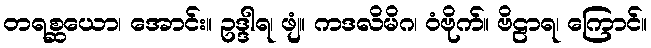
တရစ္ဆယော၊ အောင်း။ ဥဒ္ဒါရ၊ ဖျံ။ ကဒလိမိဂ၊ ဝံဗိုက်။ ဗိဠာရ၊ ကြောင်။